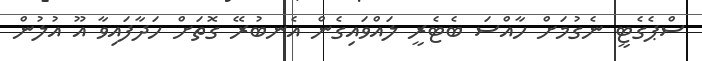
ސްޕެގެޓީ ނެގުމަށް ހާއްސަ ބެޓެރީ ލައްވައިގެން އެނބުރޭ ގޮތަށް ހަދާފައިވާ އޫ އުލުން